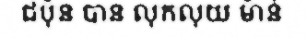
ជប៉ុន បាន លុកលុយ ម៉ាន់